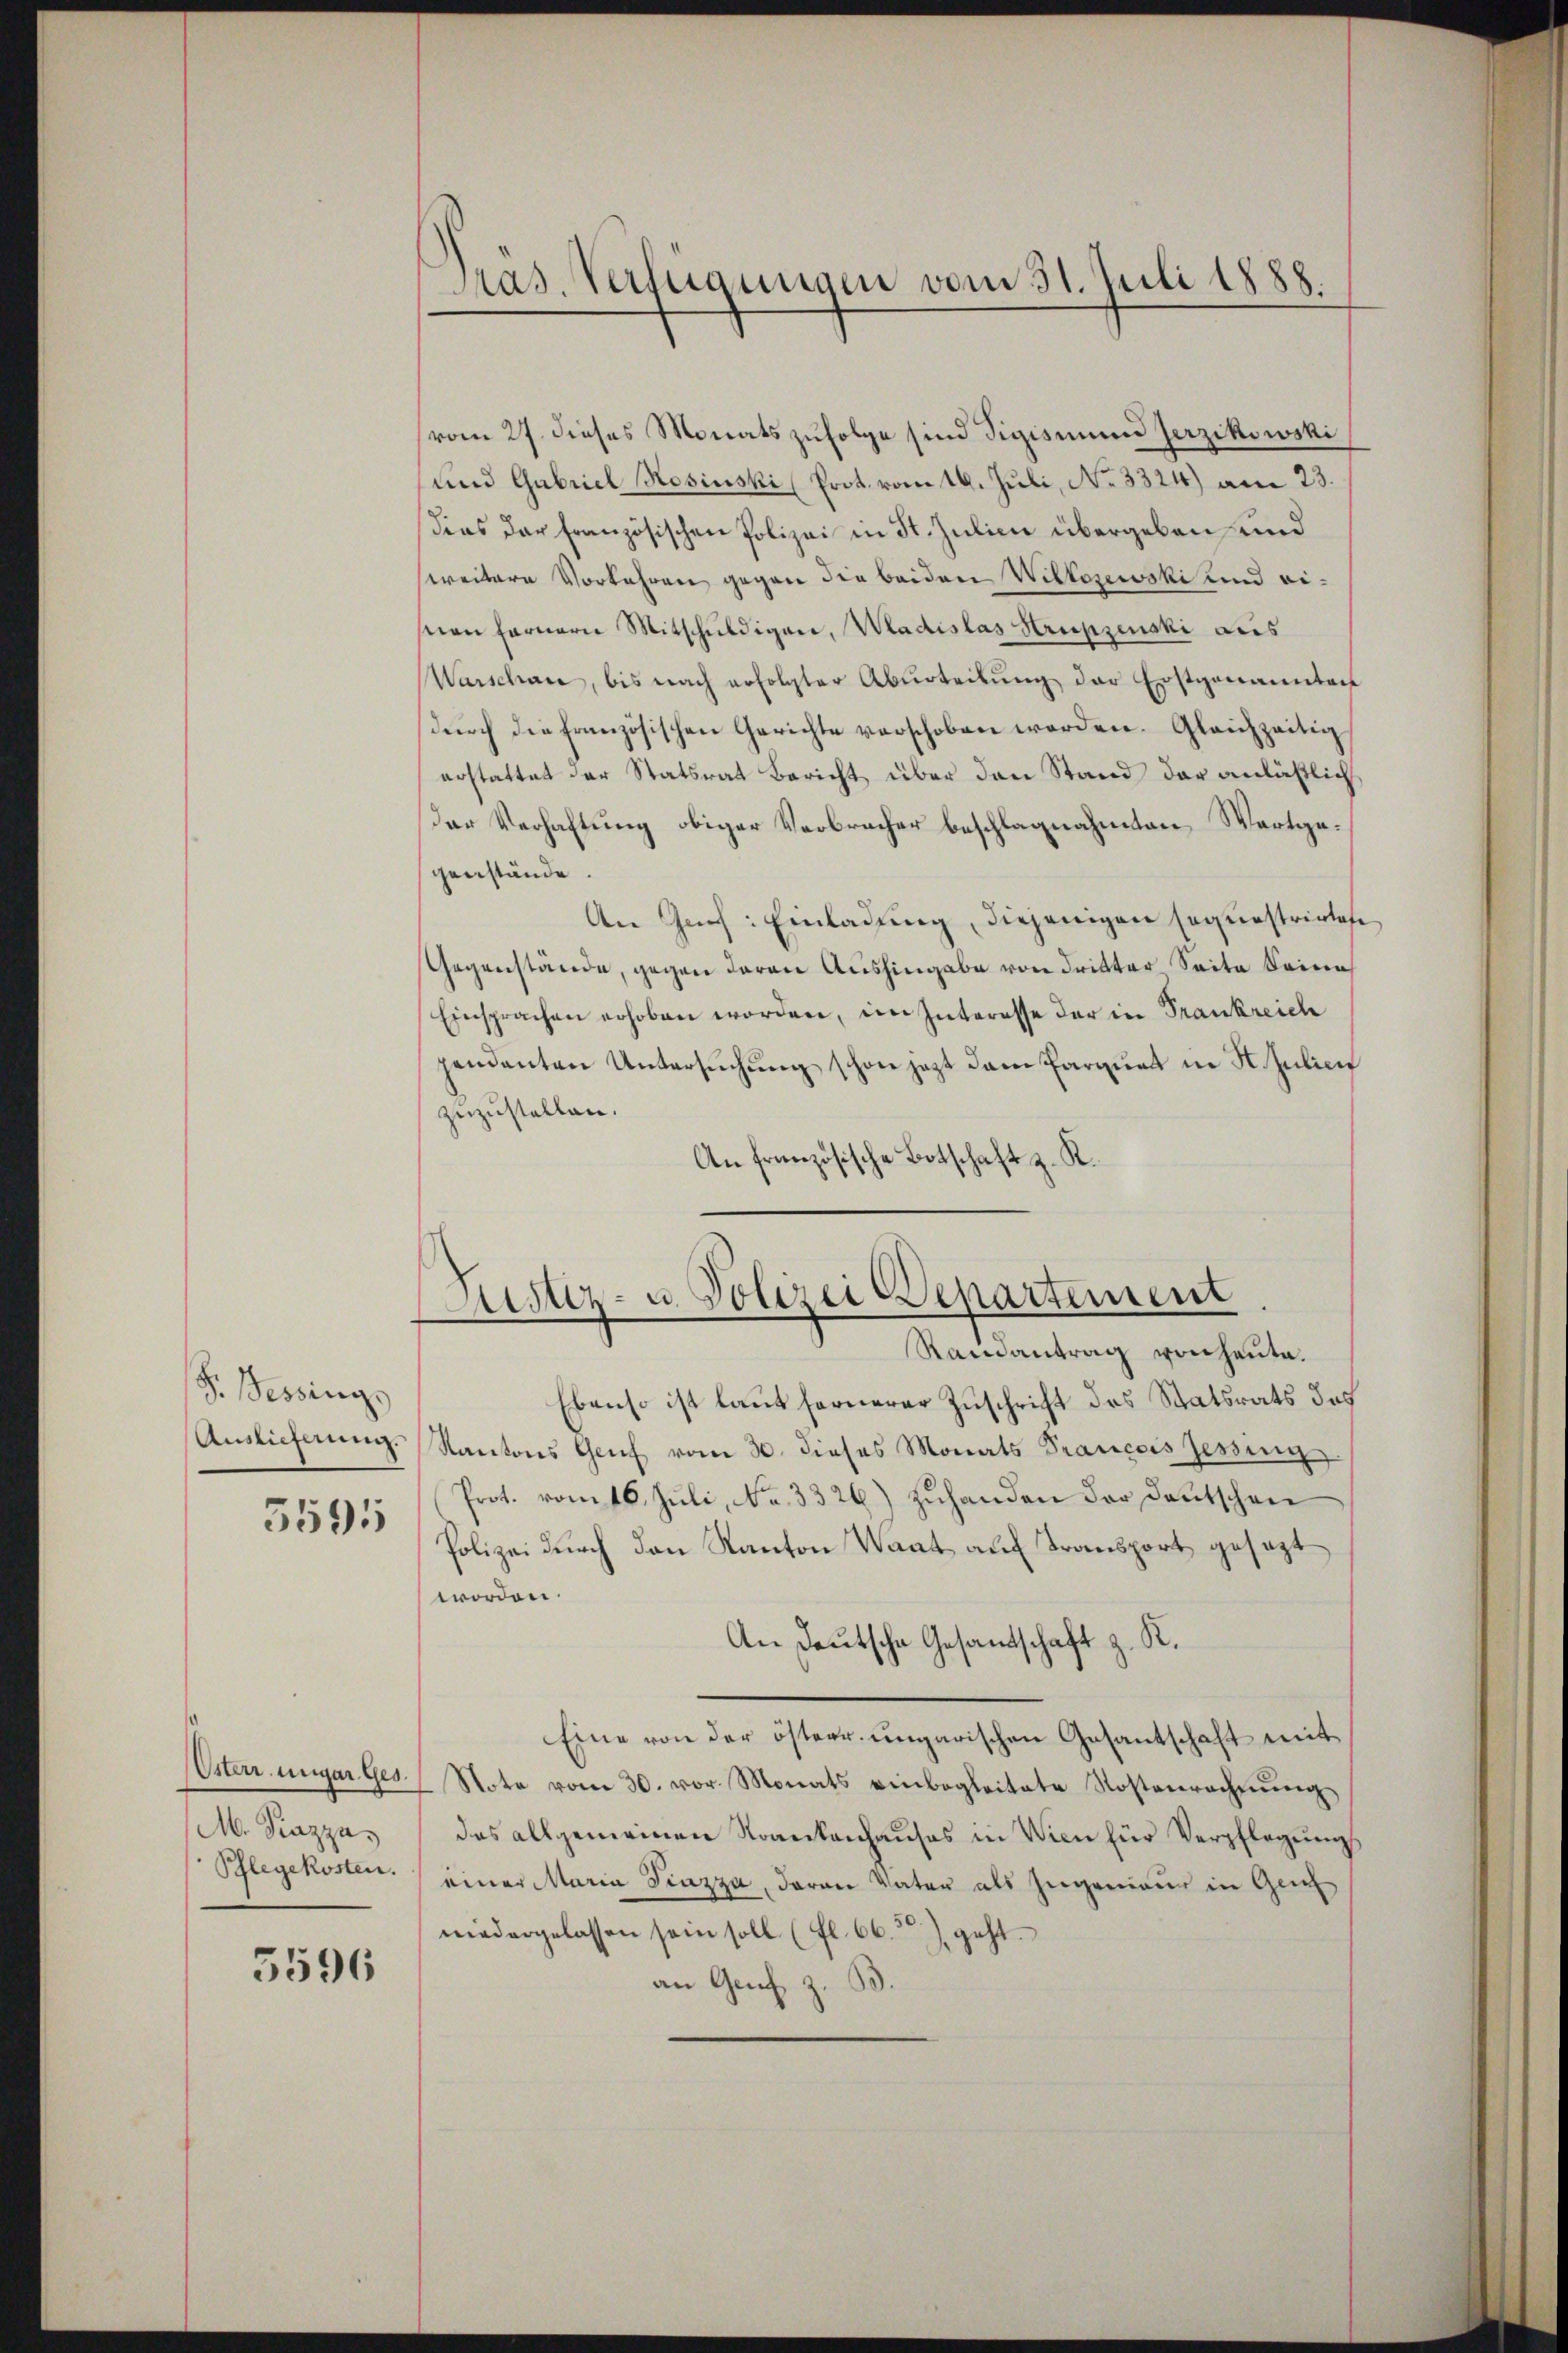
F. Tessings
5595

Österr. ungar. Ges.
M. Piazza,
Pflegekosten.

5596

Pras. Verfügungen vom 31. Juli 1888.

vom 27. dieses Monats zufolge sind Sigismund Jerzikowski
und Gabriel Rosinski (Prot. vom 16. Juli, No 3324) am 23.
Dies der französischen Polizei in St. Julien übergeben und
Weitere Vorkehren gegen die beiden Wiltosewski und eisnen fernern Mitschuldigen, Wadislas Krupzenski aus
Warschau, bis nach erfolgter Abŭrteilŭng der Erstgenannten
dŭrch die französischen Gerichte verschoben werden. Gleichzeitig
erstattet der Statsrat Bericht über den Stand der anläßlich
der Verhaltung obiger Verbrecher beschlagnahmten Wortgegenstände.
An Juch: Einladung, diejenigen sequestrirtese
Gegenstände, gegen deren Aushingabe von dritter Seite Seine
Einsprachen erhoben worden, im Interesse der in Frankreich
pendanten Untersuchung schon jezt dann Parquat in St. Julief
zuzustellen.
An französische Botschaft z. K.

Astiz- u. Polizei Departement
Rainantrag von heute.

Ebenso ist laut fernerer Zuschrift des Statsrats das
Auslieferung. Kantons Genf vom 30. dieses Monats Prancois Zessing
Prot. vom 16. Juli, No. 3326) zuhanden der Deutschen
Polizei durch den Kanton Waat auf Transport gesezt
worden.
An Deutsche Gesandtschaft z. R.
Eine von der österr. ungarischen Gesantschaft mit
Note vom 30. vor. Monats einbegleitete Kostenrechnŭng
das allgemeinen Krankenhauses in Wien für Verpflegungs
einer Maria Piazza, daran Vater als Zugenieur in Geis
niedergelassen sein soll (fl. 66. 2) geht.
an Genf z. B.